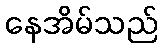
နေအိမ်သည်